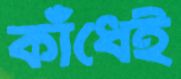
কাঁধেই